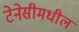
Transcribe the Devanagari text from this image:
टेनेसीमधील